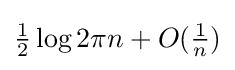
{\tfrac {1}{2}}\log 2\pi n+O({\tfrac {1}{n}})